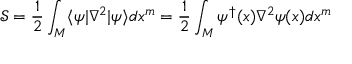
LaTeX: { \mathcal { S } } = { \frac { 1 } { 2 } } \int _ { M } \langle \psi | \nabla ^ { 2 } | \psi \rangle d x ^ { m } = { \frac { 1 } { 2 } } \int _ { M } \psi ^ { \dagger } ( x ) \nabla ^ { 2 } \psi ( x ) d x ^ { m }